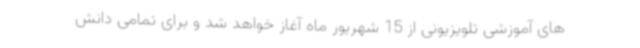
های آموزشی تلویزیونی از 15 شهریور ماه آغاز خواهد شد و برای تمامی دانش